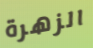
الزهرة